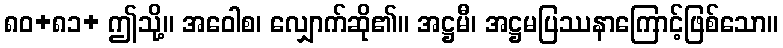
၈၀+၈၁+ ဤသို့။ အဝေါစ၊ လျှောက်ဆို၏။ အဋ္ဌမီ၊ အဋ္ဌမပြဿနာကြောင့်ဖြစ်သော။